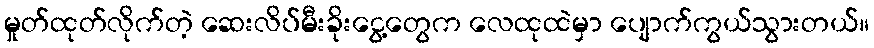
မှုတ်ထုတ်လိုက်တဲ့ ဆေးလိပ်မီးခိုးငွေ့တွေက လေထုထဲမှာ ပျောက်ကွယ်သွားတယ်။